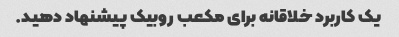
یک کاربرد خلاقانه برای مکعب روبیک پیشنهاد دهید.